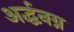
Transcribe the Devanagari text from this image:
अर्द्धनग्न